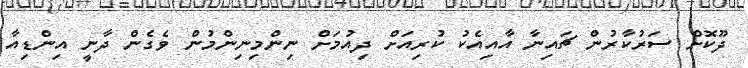
ދޫކޮށް ސަރުކާރުން ޗައިނާ އާއިއެކު ކުރިއަށް ދިއުމަށް ނިންމިނިންމުން ވެގެން ދާނީ އިންޑިއާ